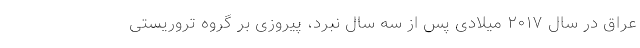
عراق در سال ۲۰۱۷ میلادی پس از سه سال نبرد، پیروزی بر گروه تروریستی